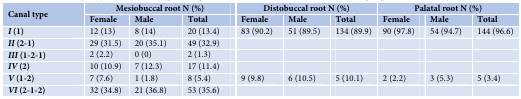
<table><thead><tr><td rowspan="2"><b>Canal type </b></td><td colspan="3"><b>Mesiobuccal root N (%)</b></td><td colspan="3"><b>Distobuccal root N (%)</b></td><td colspan="3"><b>Palatal root N (%)</b></td></tr><tr><td><b>Female</b></td><td><b>Male</b></td><td><b>Total</b></td><td><b>Female</b></td><td><b>Male</b></td><td><b>Total</b></td><td><b>Female</b></td><td><b>Male</b></td><td><b>Total</b></td></tr></thead><tbody><tr><td><b><i>I</i></b><b> (1) </b></td><td>12 (13)</td><td>8 (14)</td><td>20 (13.4)</td><td>83 (90.2)</td><td>51 (89.5)</td><td>134 (89.9)</td><td>90 (97.8)</td><td>54 (94.7)</td><td>144 (96.6)</td></tr><tr><td><b><i>II</i></b><b> (2-1) </b></td><td>29 (31.5)</td><td>20 (35.1)</td><td>49 (32.9)</td><td></td><td></td><td></td><td></td><td></td><td></td></tr><tr><td><b><i>III</i></b><b> (1-2-1) </b></td><td>2 (2.2)</td><td>0 (0)</td><td>2 (1.3)</td><td></td><td></td><td></td><td></td><td></td><td></td></tr><tr><td><b><i>IV</i></b><b> (2)</b></td><td>10 (10.9)</td><td>7 (12.3)</td><td>17 (11.4)</td><td></td><td></td><td></td><td></td><td></td><td></td></tr><tr><td><b><i>V </i></b><b>(1-2) </b></td><td>7 (7.6)</td><td>1 (1.8)</td><td>8 (5.4)</td><td>9 (9.8)</td><td>6 (10.5)</td><td>5 (10.1)</td><td>2 (2.2)</td><td>3 (5.3)</td><td>5 (3.4)</td></tr><tr><td><b><i>VI</i></b><b> (2-1-2) </b></td><td>32 (34.8)</td><td>21 (36.8)</td><td>53 (35.6)</td><td></td><td></td><td></td><td></td><td></td><td></td></tr></tbody></table>